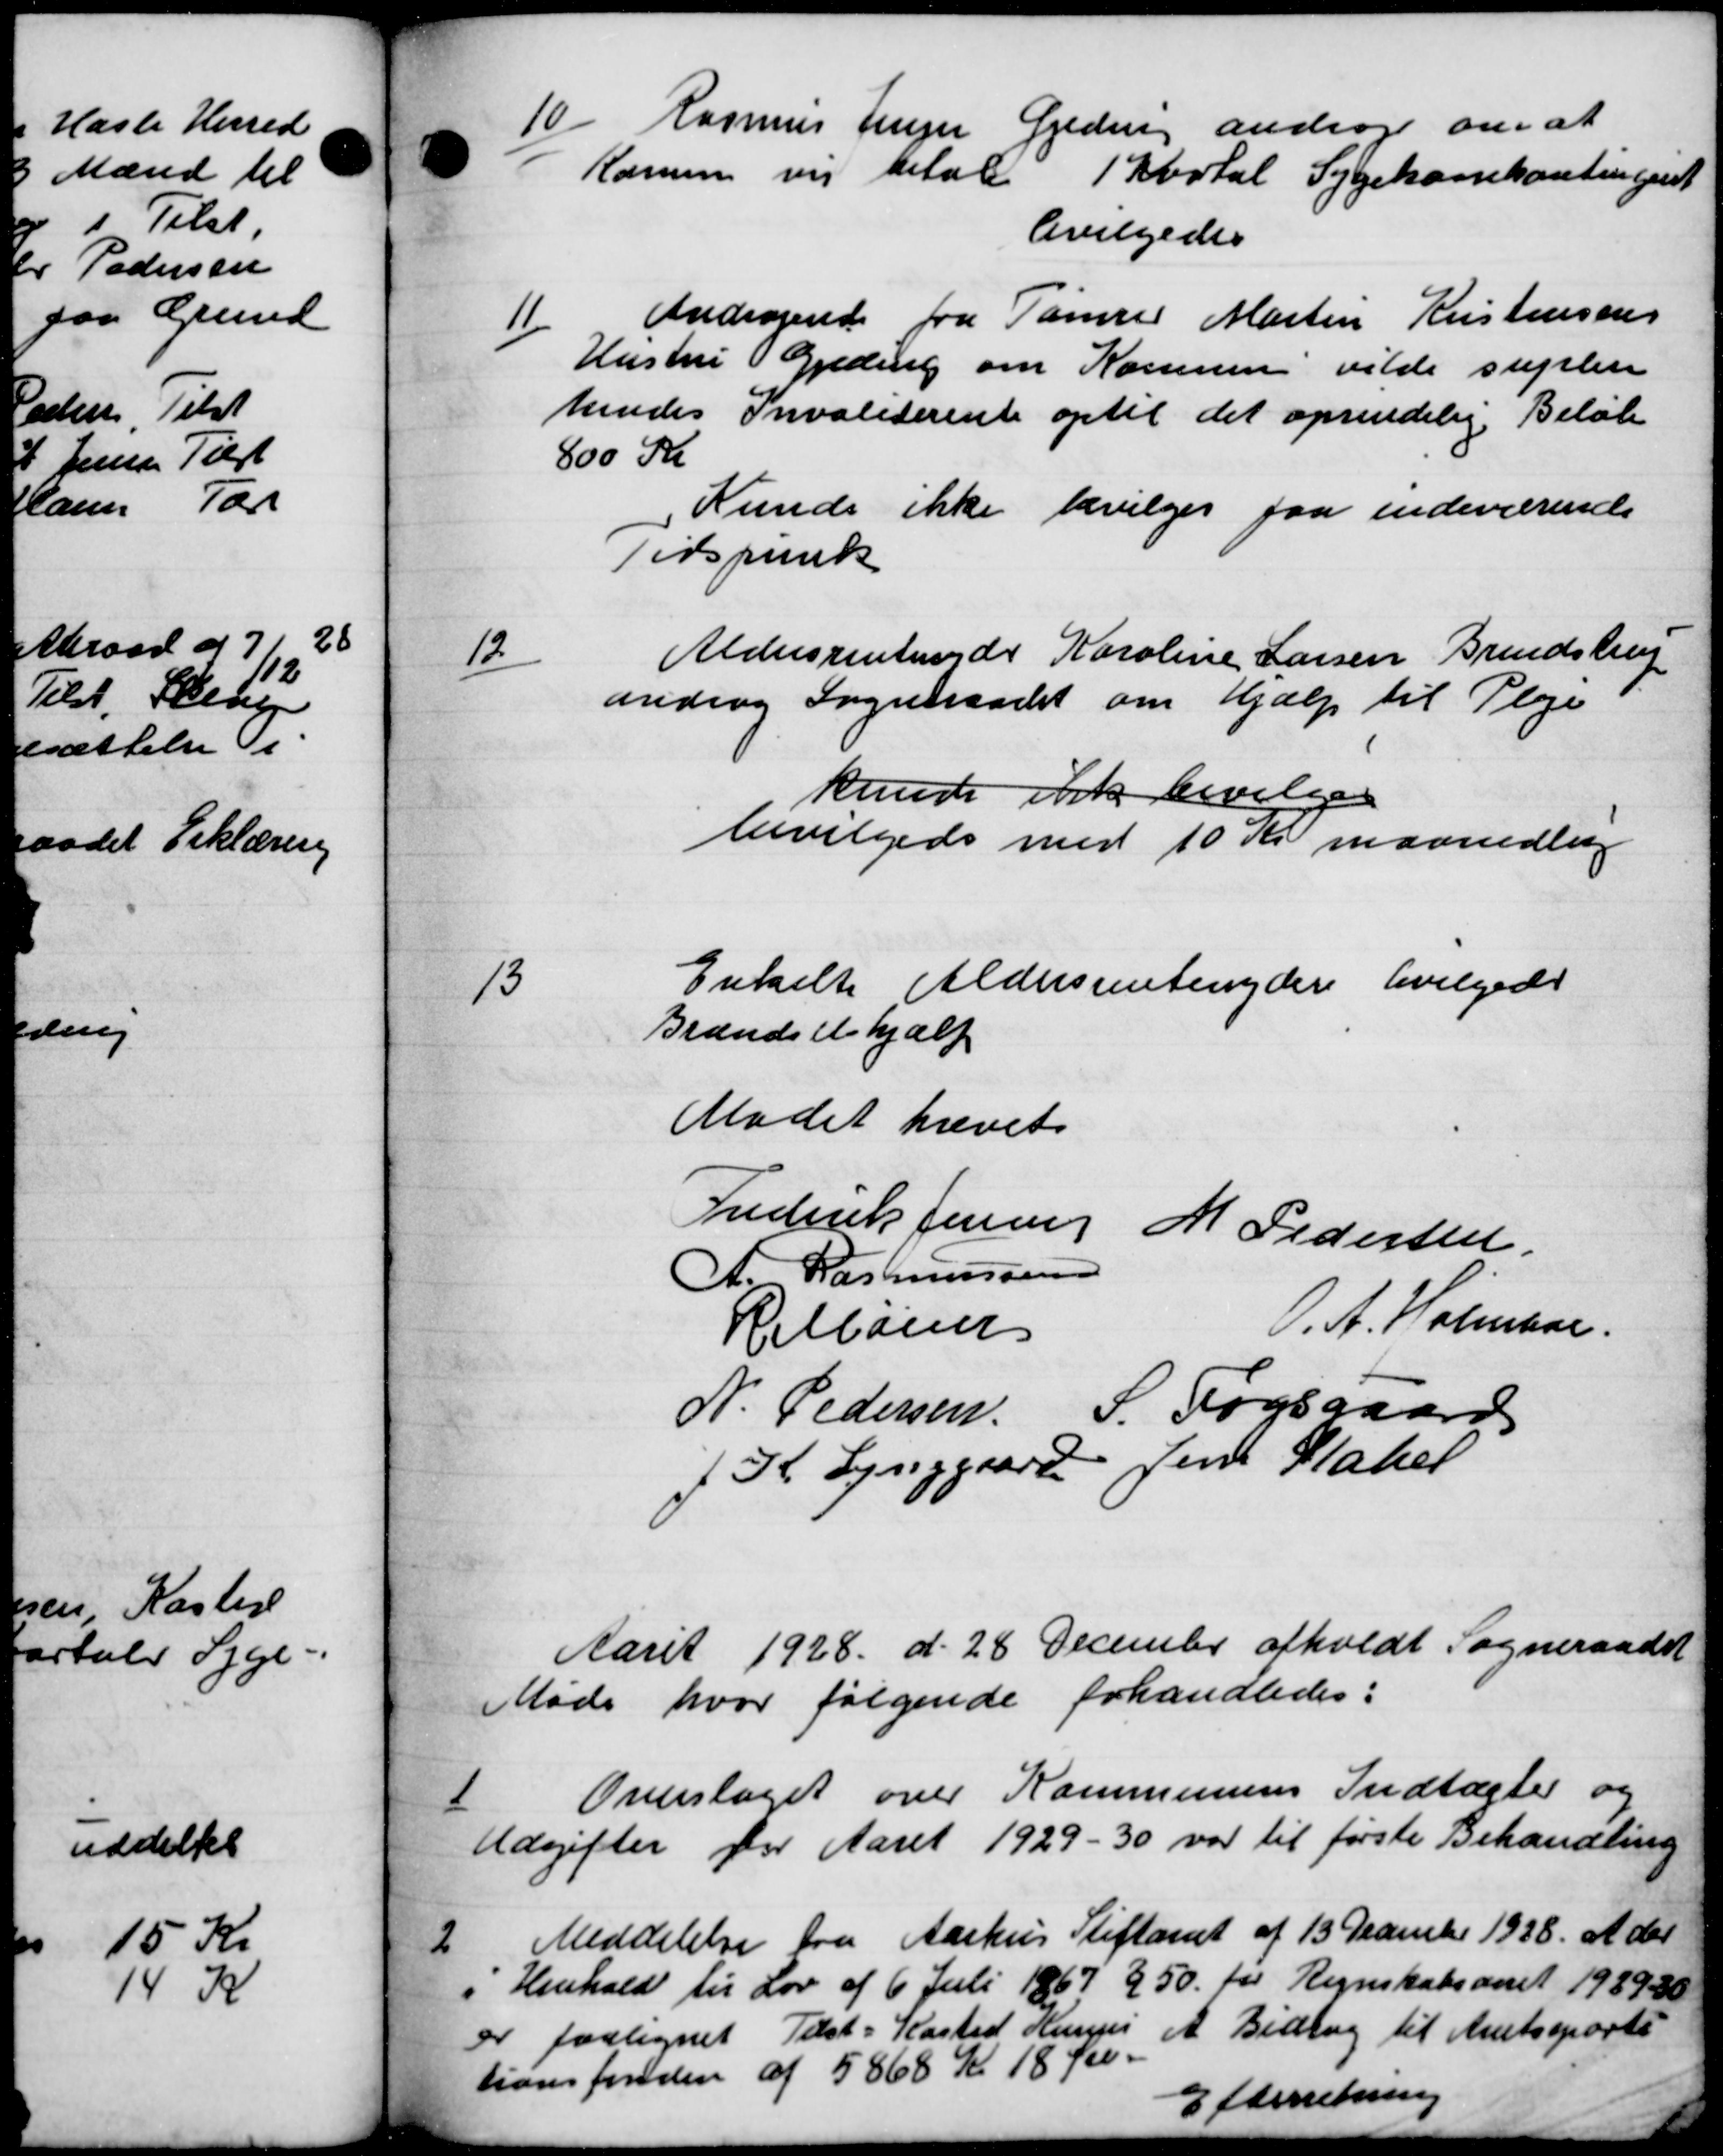
Transskription:
10.
Rasmus Lejer Gjeding andrager om at
Kommen vil betale 1 Kortal Sygekassekontingent
bevilgedes
11
Andragende fra Tømrer Martin Kristensen
Hustru Gjeding om Komune vilde suplere
hendes Invaliderente optil det oprendelig Beløb
800 Kr
Kunde ikke bevilges faa indeværende
Tidspunk
12
Aldersrentenyder Karoline Larsen Brendstrup
androg Sogneraadet om Hjælp til Pleje
kunde ikke bevilged
bevilgedes med 10 Kr maanedlig

Enkelte Aldersrentenydere bevilgede
Brændselshjælp
Mødet hævet
Frederik Jensen M Pedersen
A. Rasmussen
Helløsen
O. A. Holmboe
N. Pedersen.
S. Fogsgaard
K. Lynggaard Jens Kaker
Aaret 1928 d. 28 December afholdt Sogneraadet
Møde hvor følgende forhandledes:
1
Overslaget over Kommunens Indtægter og
Udgifter for Aaret 1929-30 var til første Behandling

Meddelelse fra Aarhus Stiftamt af 13 December 1938 at der
i Henhold til Lov af 6 Juli 1867 § 50 for Regnskabsaaret 198930
er paalignet Tilst-Kasted Humpes et Bidrag til Amtssports
tionsfonden af 5868 Kr 18 Øre.
Efterretning